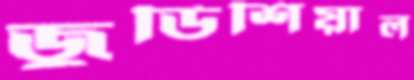
জুডিশিয়াল